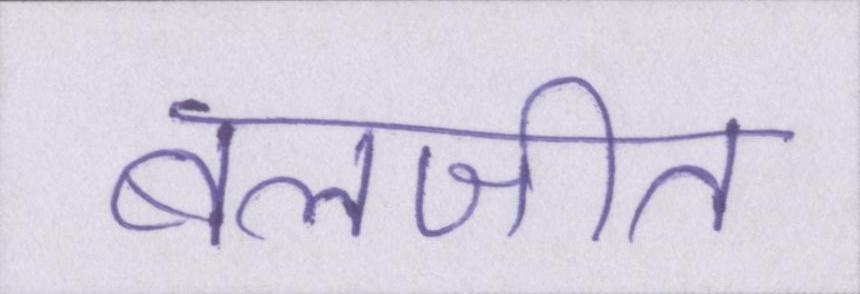
बलजीत